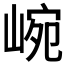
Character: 𡸥